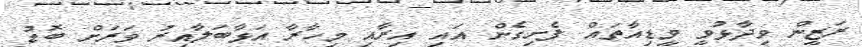
ރަޒީން ވިދާޅުވީ މީޑިއާތައް ފެށިގެން އައި އިރާއި މިހާރާ އަޅާބަލާއިރު ވަރަށް ބޮޑު